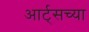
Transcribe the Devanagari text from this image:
आर्ट्‌सच्या